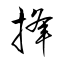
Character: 捀